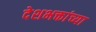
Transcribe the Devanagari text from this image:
देशभक्तांच्या